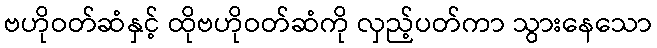
ဗဟိုဝတ်ဆံနှင့် ထိုဗဟိုဝတ်ဆံကို လှည့်ပတ်ကာ သွားနေသော